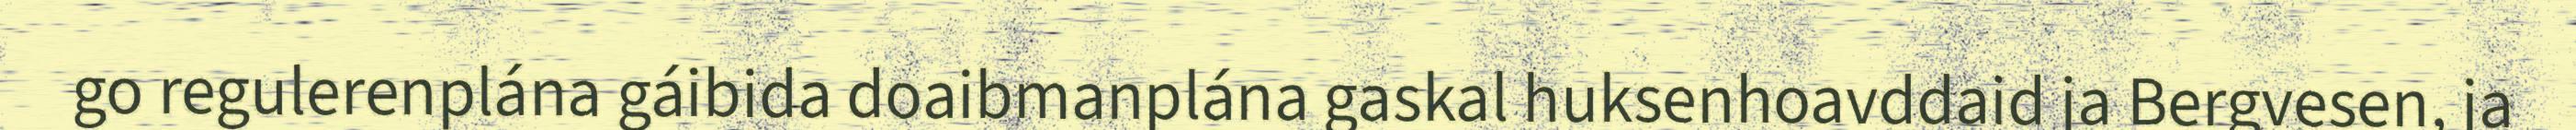
go regulerenplána gáibida doaibmanplána gaskal huksenhoavddaid ja Bergvesen, ja